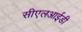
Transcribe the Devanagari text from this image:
सीएलआईडी